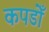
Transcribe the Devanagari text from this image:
कपडोँ